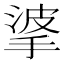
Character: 㨇